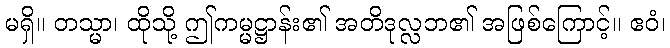
မရှိ။ တသ္မာ၊ ထိုသို့ ဤကမ္မဋ္ဌာန်း၏ အတိဒုလ္လဘ၏ အဖြစ်ကြောင့်။ ဧဝံ၊